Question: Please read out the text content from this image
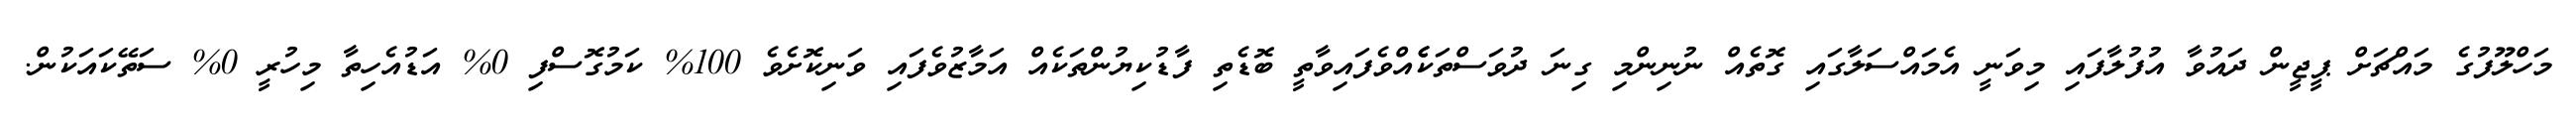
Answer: މަހްލޫފުގެ މައްޗަށް ޕީޖީން ދައުވާ އުފުލާފައި މިވަނީ އެމައްސަލާގައި ގޮތެއް ނުނިންމި ގިނަ ދުވަސްތަކެެއްވެފައިވާތީ ބޮޑެތި ފާޑުކިޔުންތަކެއް އަމާޒުވެފައި ވަނިކޮށެވެ 100% ކަމުގޮސްފި 0% އަޑުއެހިތާ މިހުރީ 0% ސަތޭކައަކުން.